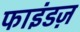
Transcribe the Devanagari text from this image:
फाइंडज़